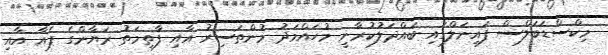
މިކްސްޑަބަލްސް ފައިނަލްގައި ބައްދަލުކުރާނީ މުހައްމަދު މުންތަސިރު އާއި ފާތިމަތު ރަޔާންގެ ޕެއާ އާއި